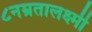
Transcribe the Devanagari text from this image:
८नम्रतालक्ष्मी